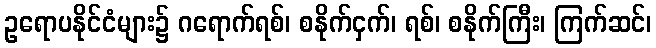
ဥရောပနိုင်ငံများ၌ ဂရောက်ရစ်၊ စနိုက်ငှက်၊ ရစ်၊ စနိုက်ကြီး၊ ကြက်ဆင်၊